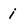
Character: i